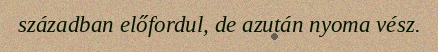
században előfordul, de azután nyoma vész.